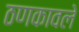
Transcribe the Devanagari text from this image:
ठणकावले